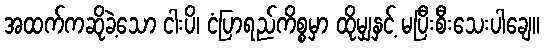
အထက်ကဆိုခဲ့သော ငါးပိ၊ ငံပြာရည်ကိစ္စမှာ ထိုမျှနှင့် မပြီးစီးသေးပါချေ။